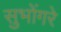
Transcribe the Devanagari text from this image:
सुभोंगरे